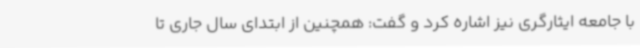
با جامعه ایثارگری نیز اشاره کرد و گفت: همچنین از ابتدای سال جاری تا